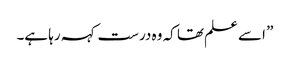
” اسے علم تھا کہ وہ درست کہہ رہا ہے۔